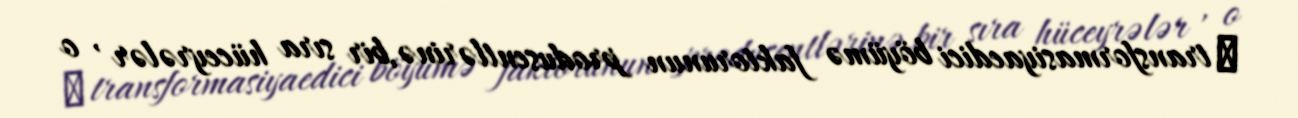
β transformasiyaedici böyümə faktorunun produsentlərinə,bir sıra hüceyrələr , o